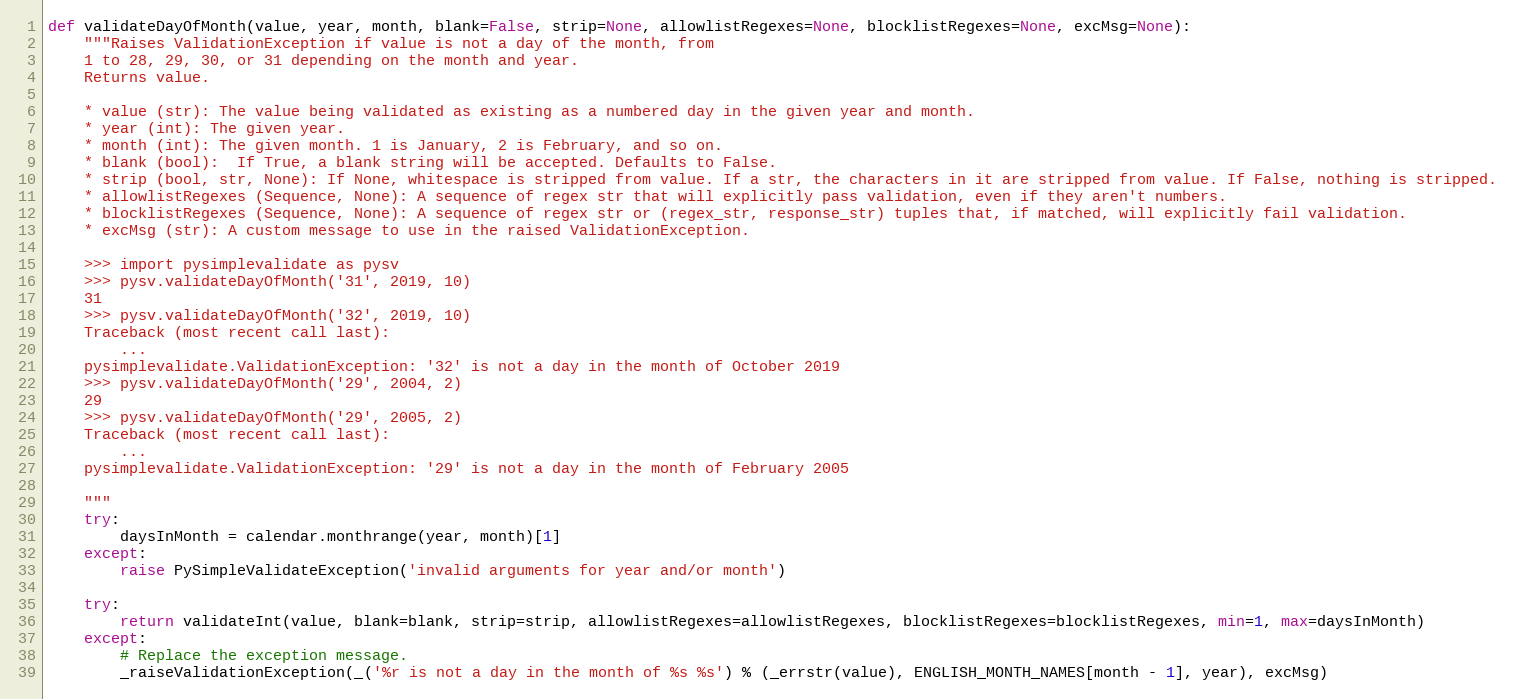
Language: Python
def validateDayOfMonth(value, year, month, blank=False, strip=None, allowlistRegexes=None, blocklistRegexes=None, excMsg=None):
    """Raises ValidationException if value is not a day of the month, from
    1 to 28, 29, 30, or 31 depending on the month and year.
    Returns value.

    * value (str): The value being validated as existing as a numbered day in the given year and month.
    * year (int): The given year.
    * month (int): The given month. 1 is January, 2 is February, and so on.
    * blank (bool):  If True, a blank string will be accepted. Defaults to False.
    * strip (bool, str, None): If None, whitespace is stripped from value. If a str, the characters in it are stripped from value. If False, nothing is stripped.
    * allowlistRegexes (Sequence, None): A sequence of regex str that will explicitly pass validation, even if they aren't numbers.
    * blocklistRegexes (Sequence, None): A sequence of regex str or (regex_str, response_str) tuples that, if matched, will explicitly fail validation.
    * excMsg (str): A custom message to use in the raised ValidationException.

    >>> import pysimplevalidate as pysv
    >>> pysv.validateDayOfMonth('31', 2019, 10)
    31
    >>> pysv.validateDayOfMonth('32', 2019, 10)
    Traceback (most recent call last):
        ...
    pysimplevalidate.ValidationException: '32' is not a day in the month of October 2019
    >>> pysv.validateDayOfMonth('29', 2004, 2)
    29
    >>> pysv.validateDayOfMonth('29', 2005, 2)
    Traceback (most recent call last):
        ...
    pysimplevalidate.ValidationException: '29' is not a day in the month of February 2005

    """
    try:
        daysInMonth = calendar.monthrange(year, month)[1]
    except:
        raise PySimpleValidateException('invalid arguments for year and/or month')

    try:
        return validateInt(value, blank=blank, strip=strip, allowlistRegexes=allowlistRegexes, blocklistRegexes=blocklistRegexes, min=1, max=daysInMonth)
    except:
        # Replace the exception message.
        _raiseValidationException(_('%r is not a day in the month of %s %s') % (_errstr(value), ENGLISH_MONTH_NAMES[month - 1], year), excMsg)